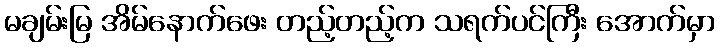
မချမ်းမြ အိမ်နောက်ဖေး တည့်တည့်က သရက်ပင်ကြီး အောက်မှာ